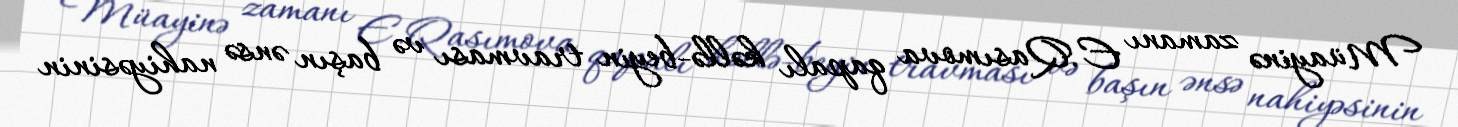
Müayinə zamanı E.Qasımova qapalı kəllə-beyin travması və başın ənsə nahiyəsinin